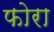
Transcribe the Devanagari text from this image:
फोरा